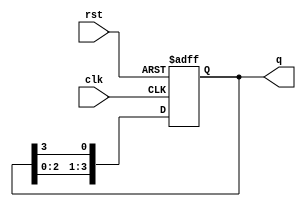
module ring_counter (
    input wire clk,        // Clock input
    input wire rst,        // Asynchronous reset signal
    output reg [3:0] q     // 4-bit output representing the state of the ring counter
);

    // Initialize the counter state
    always @(posedge clk or posedge rst) begin
        if (rst) begin
            // Reset the counter to the initial state
            q <= 4'b0001; // Initialize to state 0001 (first flip-flop set to '1')
        end else begin
            // Shift the '1' bit to the right
            q <= {q[2:0], q[3]}; // Shift left, with feedback from the last flip-flop
        end
    end

endmodule